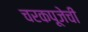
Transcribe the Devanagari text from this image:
चरकपूजेची